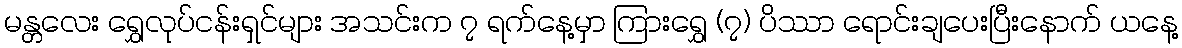
မန္တလေး ရွှေလုပ်ငန်းရှင်များ အသင်းက ၇ ရက်နေ့မှာ ကြားရွှေ (၇) ပိဿာ ရောင်းချပေးပြီးနောက် ယနေ့